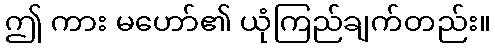
ဤ ကား မဟော်၏ ယုံကြည်ချက်တည်း။